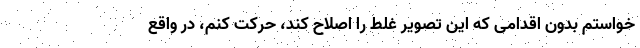
خواستم بدون اقدامی که این تصویر غلط را اصلاح کند، حرکت کنم، در واقع